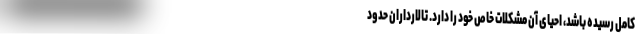
کامل رسیده باشد، احیای آن مشکلات خاص خود را دارد. تالارداران حدود